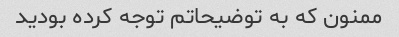
ممنون که به توضیحاتم توجه کرده بودید